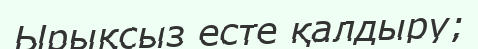
Ырықсыз есте қалдыру;